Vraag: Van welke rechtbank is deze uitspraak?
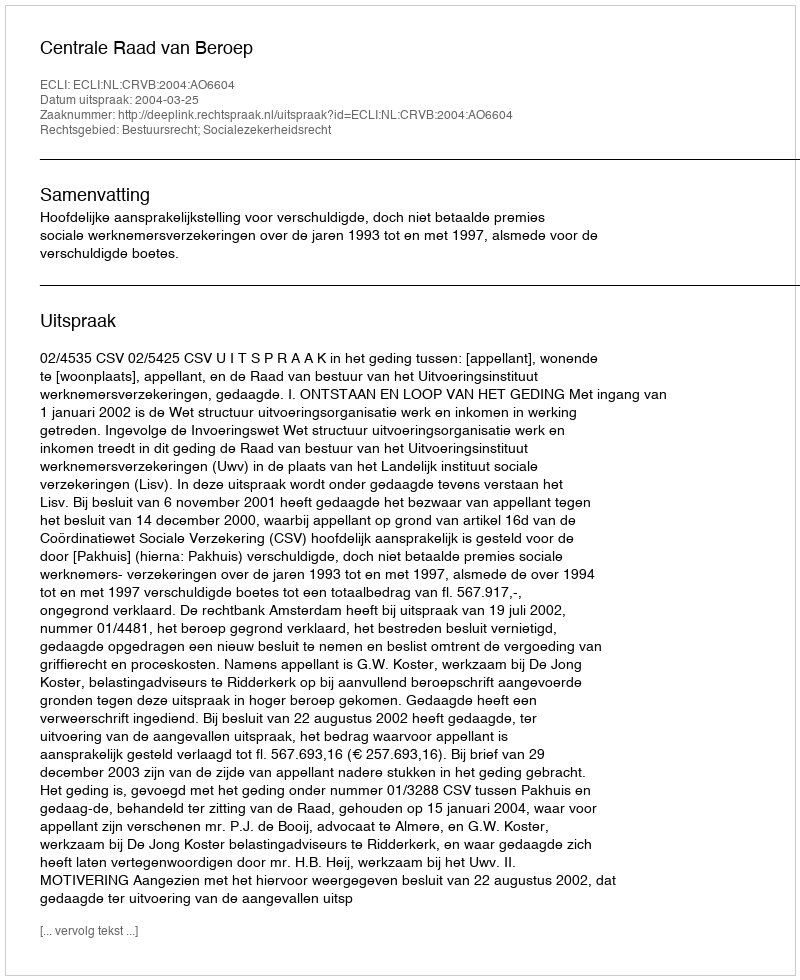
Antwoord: Centrale Raad van Beroep